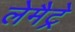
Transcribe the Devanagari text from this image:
लेमैट्रे